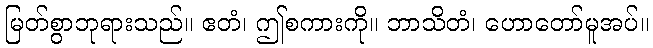
မြတ်စွာဘုရားသည်။ ဧတံ၊ ဤစကားကို။ ဘာသိတံ၊ ဟောတော်မူအပ်။